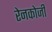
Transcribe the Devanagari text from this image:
रेनकोजी